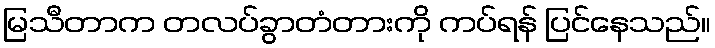
မြသီတာက တလပ်ခွာတံတားကို ကပ်ရန် ပြင်နေသည်။